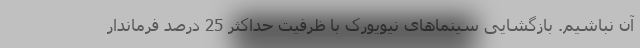
آن نباشیم. بازگشایی سینماهای نیویورک با ظرفیت حداکثر 25 درصد فرماندار